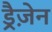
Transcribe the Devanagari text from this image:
ड्रैज़ेन